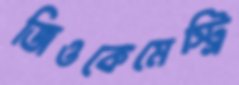
জিওকেমেস্ট্রি